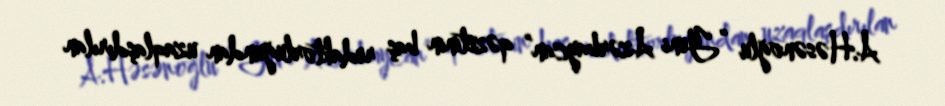
A.Həsənoğlu “Yeni Azərbaycan” qəzetinin baş redaktorluğundan uzaqlaşdırılan